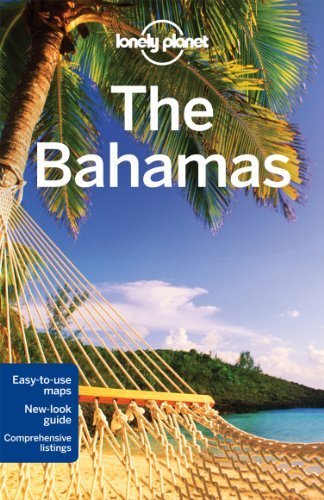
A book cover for Lonely Planet The Bahamas (Travel Guide) by Lonely Planet, Matchar, Emily, Masters, Tom (2011) Paperback; Travel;